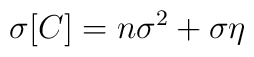
\sigma [C]=n\sigma^{2}+ \sigma\eta